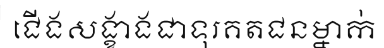
ជើងសង្ខាងជាទុរគតជនម្នាក់